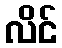
လိင်